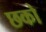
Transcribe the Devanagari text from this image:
छको